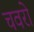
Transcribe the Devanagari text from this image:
चवरो